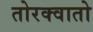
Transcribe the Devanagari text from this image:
तोरक्वातो